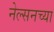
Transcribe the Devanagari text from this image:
नेल्सनच्या